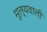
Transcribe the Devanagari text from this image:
मूल्यवाली